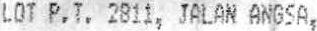
LOT P.T. 2811, JALAN ANGSA,